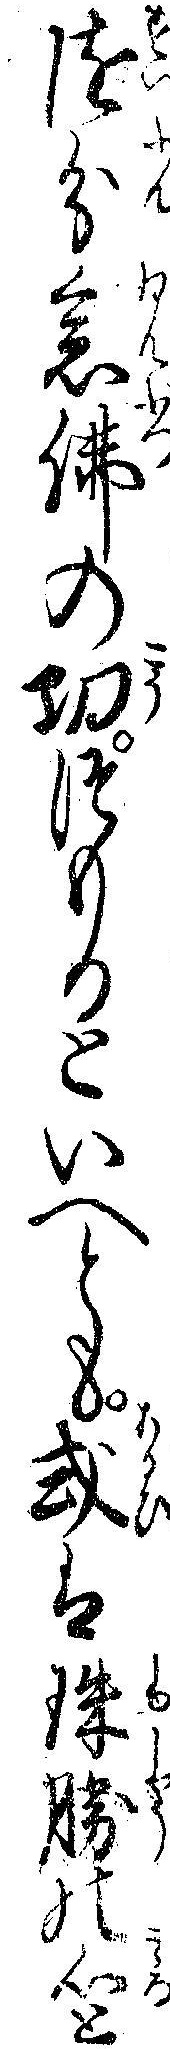
随分念仏の㓛つもるといへとも或は殊勝の心と